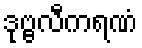
ဒုဗ္ဗလီကရဏံ